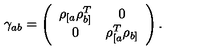
\gamma _ { a b } = \left( \begin{array} { c c } { \rho _ { [ a } \rho _ { b ] } ^ { T } } & { 0 } \\ { 0 } & { \rho _ { [ a } ^ { T } \rho _ { b ] } } \\ \end{array} \right) .